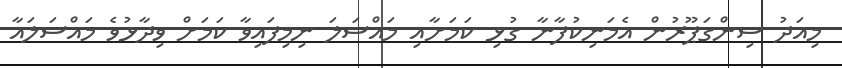
މިއަދު ސިންގަޕޫރުން އެމަނިކުފާނާ ގުޅި ކަމަށާއި މައްސަލަ ނިމިފައިވާ ކަމަށް ވިދާޅުވެ މައްސަލައާ